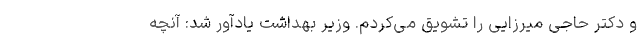
و دکتر حاجی میرزایی را تشویق می‌کردم. وزیر بهداشت یادآور شد: آنچه